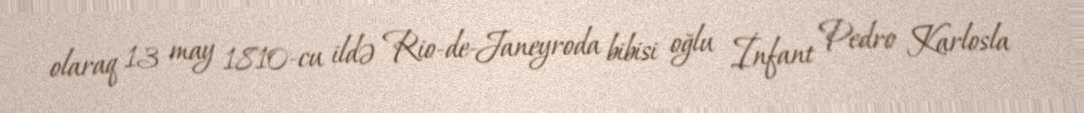
olaraq 13 may 1810-cu ildə Rio-de-Janeyroda bibisi oğlu İnfant Pedro Karlosla